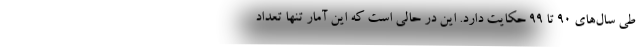
طی سال‌های ۹۰ تا ۹۹ حکایت دارد. این در حالی است که این آمار تنها تعداد